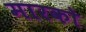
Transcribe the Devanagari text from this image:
मारको